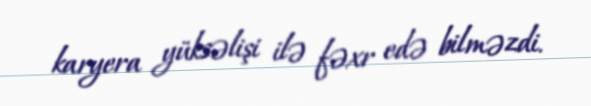
karyera yüksəlişi ilə fəxr edə bilməzdi.